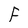
Character: F